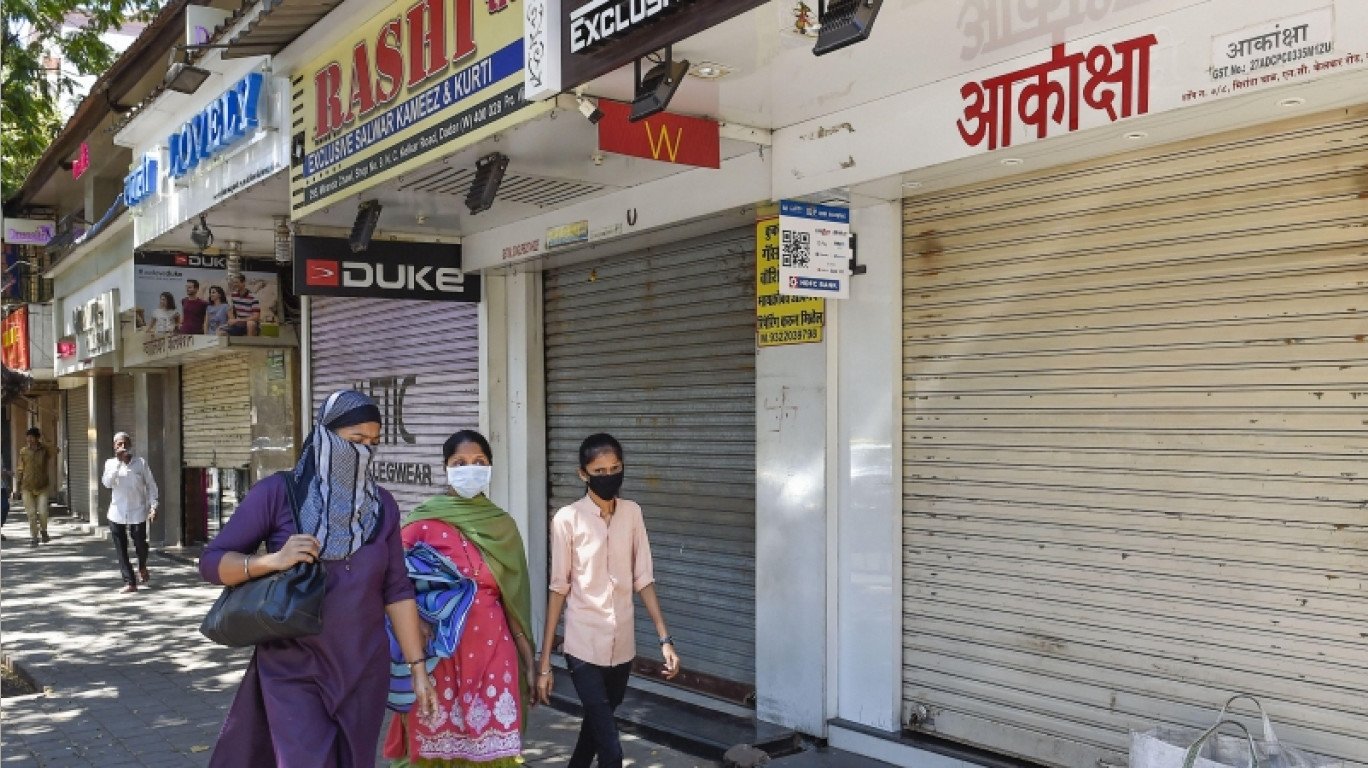
Language: marathi
Transcription: आकांक्षा आकांक्षा